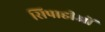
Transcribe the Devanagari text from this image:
सिपाहीओं